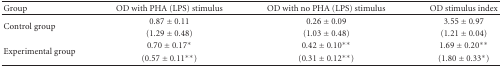
<table><thead><tr><td><b>Group</b></td><td><b>OD with PHA (LPS) stimulus</b></td><td><b>OD with no PHA (LPS) stimulus</b></td><td><b>OD stimulus index</b></td></tr></thead><tbody><tr><td rowspan="2">Control group</td><td>0.87 ± 0.11</td><td>0.26 ± 0.09</td><td>3.55 ± 0.97</td></tr><tr><td>(1.29 ± 0.48)</td><td>(1.03 ± 0.48)</td><td>(1.21 ± 0.04)</td></tr><tr><td rowspan="2">Experimental group</td><td>0.70 ± 0.17*</td><td>0.42 ± 0.10**</td><td>1.69 ± 0.20**</td></tr><tr><td>(0.57 ± 0.11**)</td><td>(0.31 ± 0.12**)</td><td>(1.80 ± 0.33*)</td></tr></tbody></table>